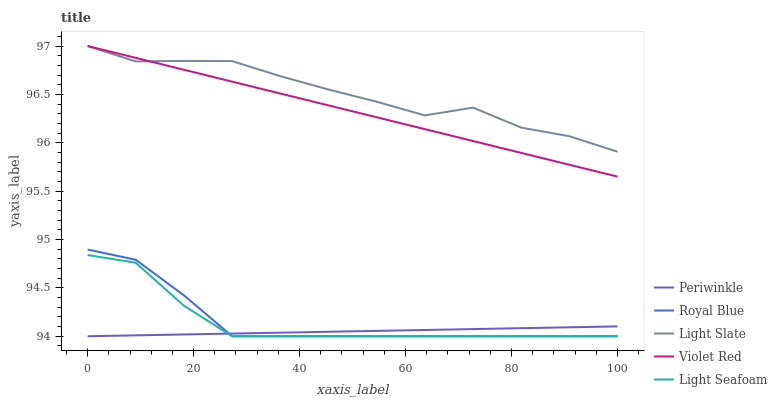
| xaxis_label | Periwinkle | Royal Blue | Light Slate | Violet Red | Light Seafoam |
 | --- | --- | --- | --- | --- | --- |
 | 0 | 94 | 94.9 | 97 | 97 | 94.8 |
 | 9.09 | 94 | 94.8 | 96.8 | 96.9 | 94.8 |
 | 18.2 | 94 | 94.4 | 96.8 | 96.8 | 94.3 |
 | 27.3 | 94 | 94 | 96.8 | 96.6 | 94 |
 | 36.4 | 94 | 94 | 96.7 | 96.5 | 94 |
 | 45.5 | 94 | 94 | 96.6 | 96.4 | 94 |
 | 54.5 | 94.1 | 94 | 96.4 | 96.3 | 94 |
 | 63.6 | 94.1 | 94 | 96.3 | 96.1 | 94 |
 | 72.7 | 94.1 | 94 | 96.4 | 96 | 94 |
 | 81.8 | 94.1 | 94 | 96.2 | 95.9 | 94 |
 | 90.9 | 94.1 | 94 | 96.1 | 95.8 | 94 |
 | 100 | 94.1 | 94 | 95.9 | 95.6 | 94 |